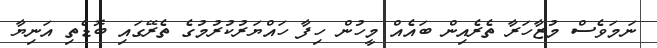
ނަމަވެސް މުޒާހަރާ ތެރެއިން ބައެއް މީހުން ހިފާ ހައްޔަރުކުރުމުގެ ތެރޭގައި ބޮޑެތި އަނިޔާ